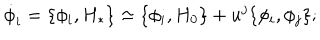
\dot { \phi } _ { i } = \{ \phi _ { i } , H _ { * } \} \approx \{ \phi _ { i } , H _ { 0 } \} + u ^ { j } \{ \phi _ { i } , \phi _ { j } \} ;